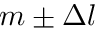
m \pm \Delta l